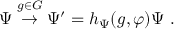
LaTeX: \Psi \stackrel { g \in G } { \to } \Psi ^ { \prime } = h _ { \Psi } ( g , \varphi ) \Psi ~ .